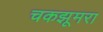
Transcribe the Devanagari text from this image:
चकझूमरा